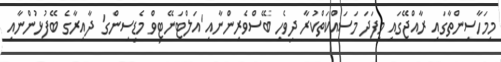
މިމަހާސިންތާގައި ރާއްޖޭގައި މިފަދަ މަސައްކަތްކުރާ ދިވެހި ބޭސްވެރިންނާއި 'އަލްޓަނޭޓިވް މެޑިސިންގ' ދާއިރާގެ ބޭފުޅުންނާއި